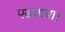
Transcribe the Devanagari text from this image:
पढवाया।